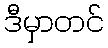
ဒီမှာတင်